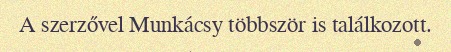
A szerzővel Munkácsy többször is találkozott.